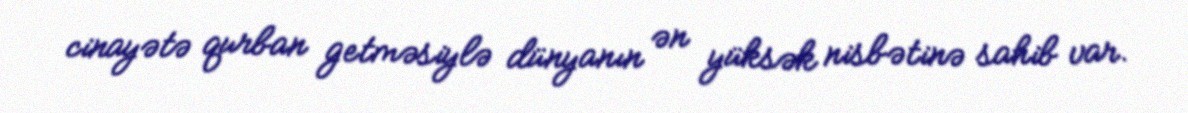
cinayətə qurban getməsiylə dünyanın ən yüksək nisbətinə sahib var.